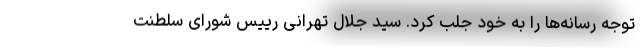
توجه رسانه‌ها را به خود جلب کرد. سید جلال تهرانی رییس شورای سلطنت